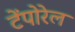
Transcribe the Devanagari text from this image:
टेंपोरेल